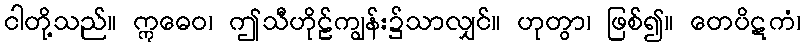
ငါတို့သည်။ ဣဓေဝ၊ ဤသီဟိုဠ်ကျွန်း၌သာလျှင်။ ဟုတွာ၊ ဖြစ်၍။ တေပိဋကံ၊